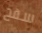
سفح